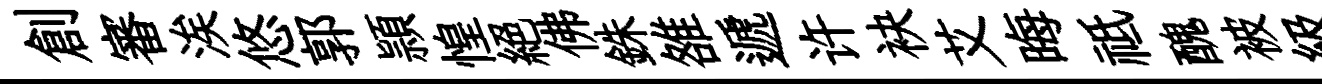
創審涘悠郭頴惶絕佛銖雒遞许袂艾晦祗醜被級